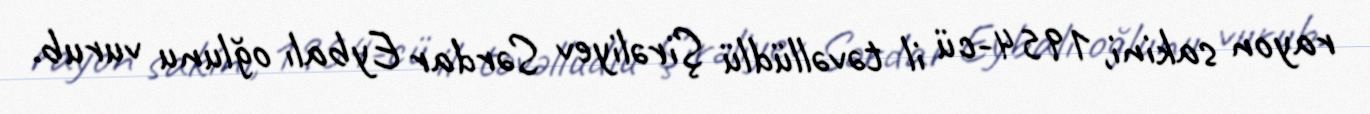
rayon sakini, 1954-cü il təvəllüdlü Şirəliyev Sərdar Eybalı oğlunu vurub.